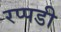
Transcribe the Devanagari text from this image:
रप्पडी